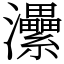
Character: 㶟